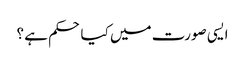
ایسی صورت میں کیا حکم ہے ؟